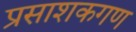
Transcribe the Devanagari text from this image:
प्रसाशकगण